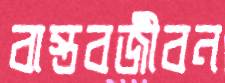
বাস্তবজীবন